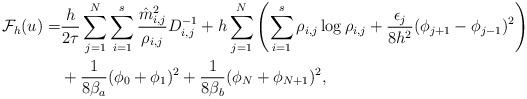
LaTeX: \begin{align*} \mathcal{F}_h(u) = & \frac{h}{2\tau} \sum_{j=1}^N \sum_{i=1}^{s} \frac{ \hat {m}^2_{i,j} }{\rho_{i,j}} D^{-1}_{i,j } +h\sum_{j=1}^{N} \left( \sum_{i=1}^s \rho_{i,j}\log \rho_{i,j} +\frac{\epsilon_j}{8h^2} (\phi_{j+1}-\phi_{j-1})^2\right)\\& +\frac{1}{8\beta_a}(\phi_0+\phi_1)^2+\frac{1}{8\beta_b}(\phi_N+\phi_{N+1})^2,\end{align*}